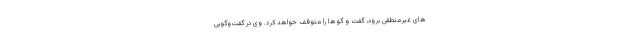
های غیرمنطقی برود، گفت و گوها را متوقف خواهد کرد. وی در گفت‌وگویی